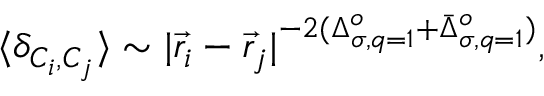
\langle \delta _ { { \cal { C } } _ { i } , { \cal { C } } _ { j } } \rangle \sim | { \vec { r } } _ { i } - { \vec { r } } _ { j } | ^ { - 2 ( \Delta _ { \sigma , q = 1 } ^ { o } + { \bar { \Delta } } _ { \sigma , q = 1 } ^ { o } ) } ,